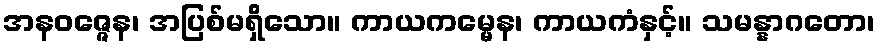
အနဝဇ္ဇေန၊ အပြစ်မရှိသော။ ကာယကမ္မေန၊ ကာယကံနှင့်။ သမန္နာဂတော၊